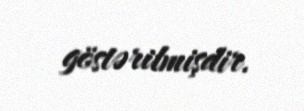
göstərilmişdir.